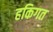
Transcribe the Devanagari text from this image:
हकिगत